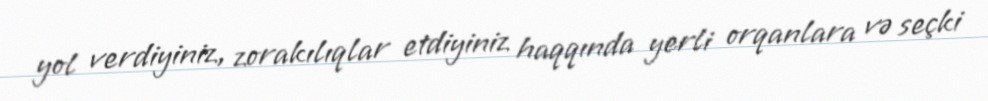
yol verdiyiniz, zorakılıqlar etdiyiniz haqqında yerli orqanlara və seçki